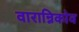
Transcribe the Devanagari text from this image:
वारान्निकोव